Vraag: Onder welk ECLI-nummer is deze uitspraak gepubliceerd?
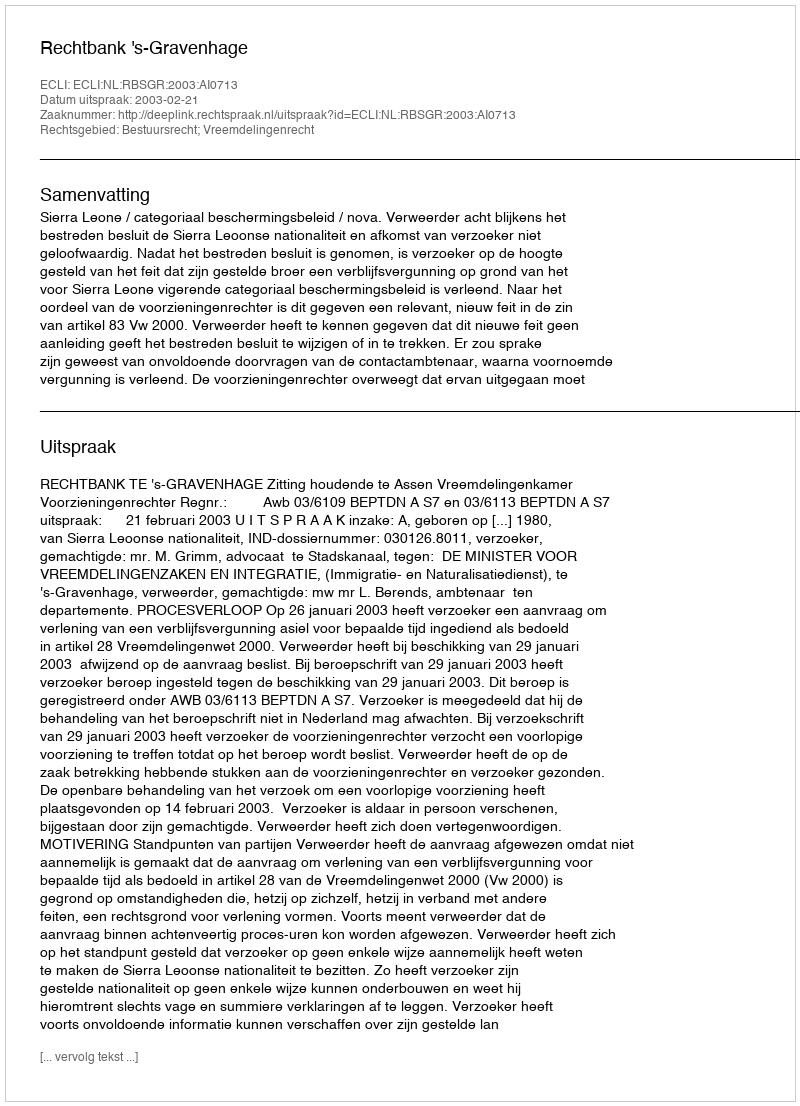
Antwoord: ECLI:NL:RBSGR:2003:AI0713